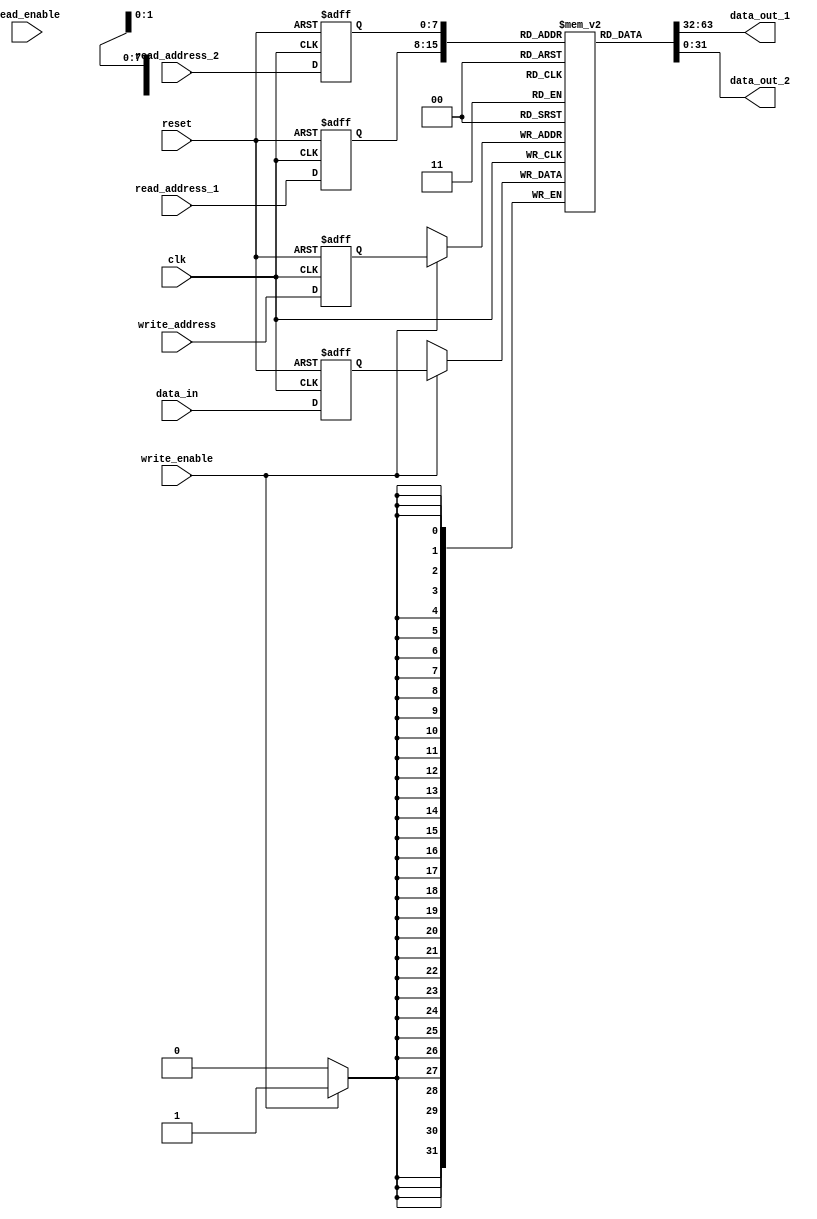
module memory_blocks_pipeline_reg_file (
    input wire clk,
    input wire reset,
    input wire read_enable,
    input wire write_enable,
    input wire [7:0] read_address_1,
    input wire [7:0] read_address_2,
    input wire [7:0] write_address,
    input wire [31:0] data_in,
    output reg [31:0] data_out_1,
    output reg [31:0] data_out_2
);
    
reg [31:0] memory[255:0]; // Memory blocks to store data

// Pipeline registers for read and write addresses
reg [7:0] read_address_1_reg, read_address_2_reg, write_address_reg;

// Pipeline registers for data
reg [31:0] data_in_reg;

always @(posedge clk or posedge reset) begin
    if (reset) begin
        read_address_1_reg <= 8'h0;
        read_address_2_reg <= 8'h0;
        write_address_reg <= 8'h0;
        data_in_reg <= 32'h0;
    end else begin
        read_address_1_reg <= read_address_1;
        read_address_2_reg <= read_address_2;
        write_address_reg <= write_address;
        data_in_reg <= data_in;
    end
end

// Read data from memory
always @* begin
    data_out_1 = memory[read_address_1_reg];
    data_out_2 = memory[read_address_2_reg];
end

// Write data to memory
always @(posedge clk) begin
    if (write_enable) begin
        memory[write_address_reg] <= data_in_reg;
    end
end

endmodule